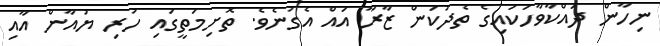
ނިހާން ދައްކާވާހަކައިގެ ތެދުކަން ޒާރާ އައް އެގުނެވެ. ތޮށިމަތީގައި ހުރި ޔުއާން އާއި